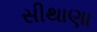
સીથાણા